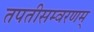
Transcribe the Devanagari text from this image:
तपतीसम्वरणम्